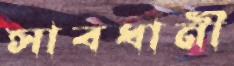
সাবধানী